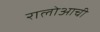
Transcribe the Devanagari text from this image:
रालोआची